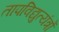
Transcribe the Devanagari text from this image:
तापविद्युत्यंत्रों